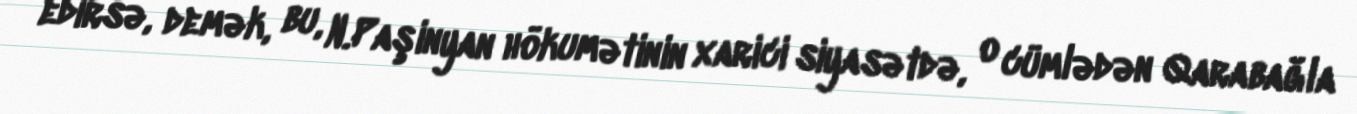
edirsə, demək, bu, N.Paşinyan hökumətinin xarici siyasətdə, o cümlədən Qarabağla